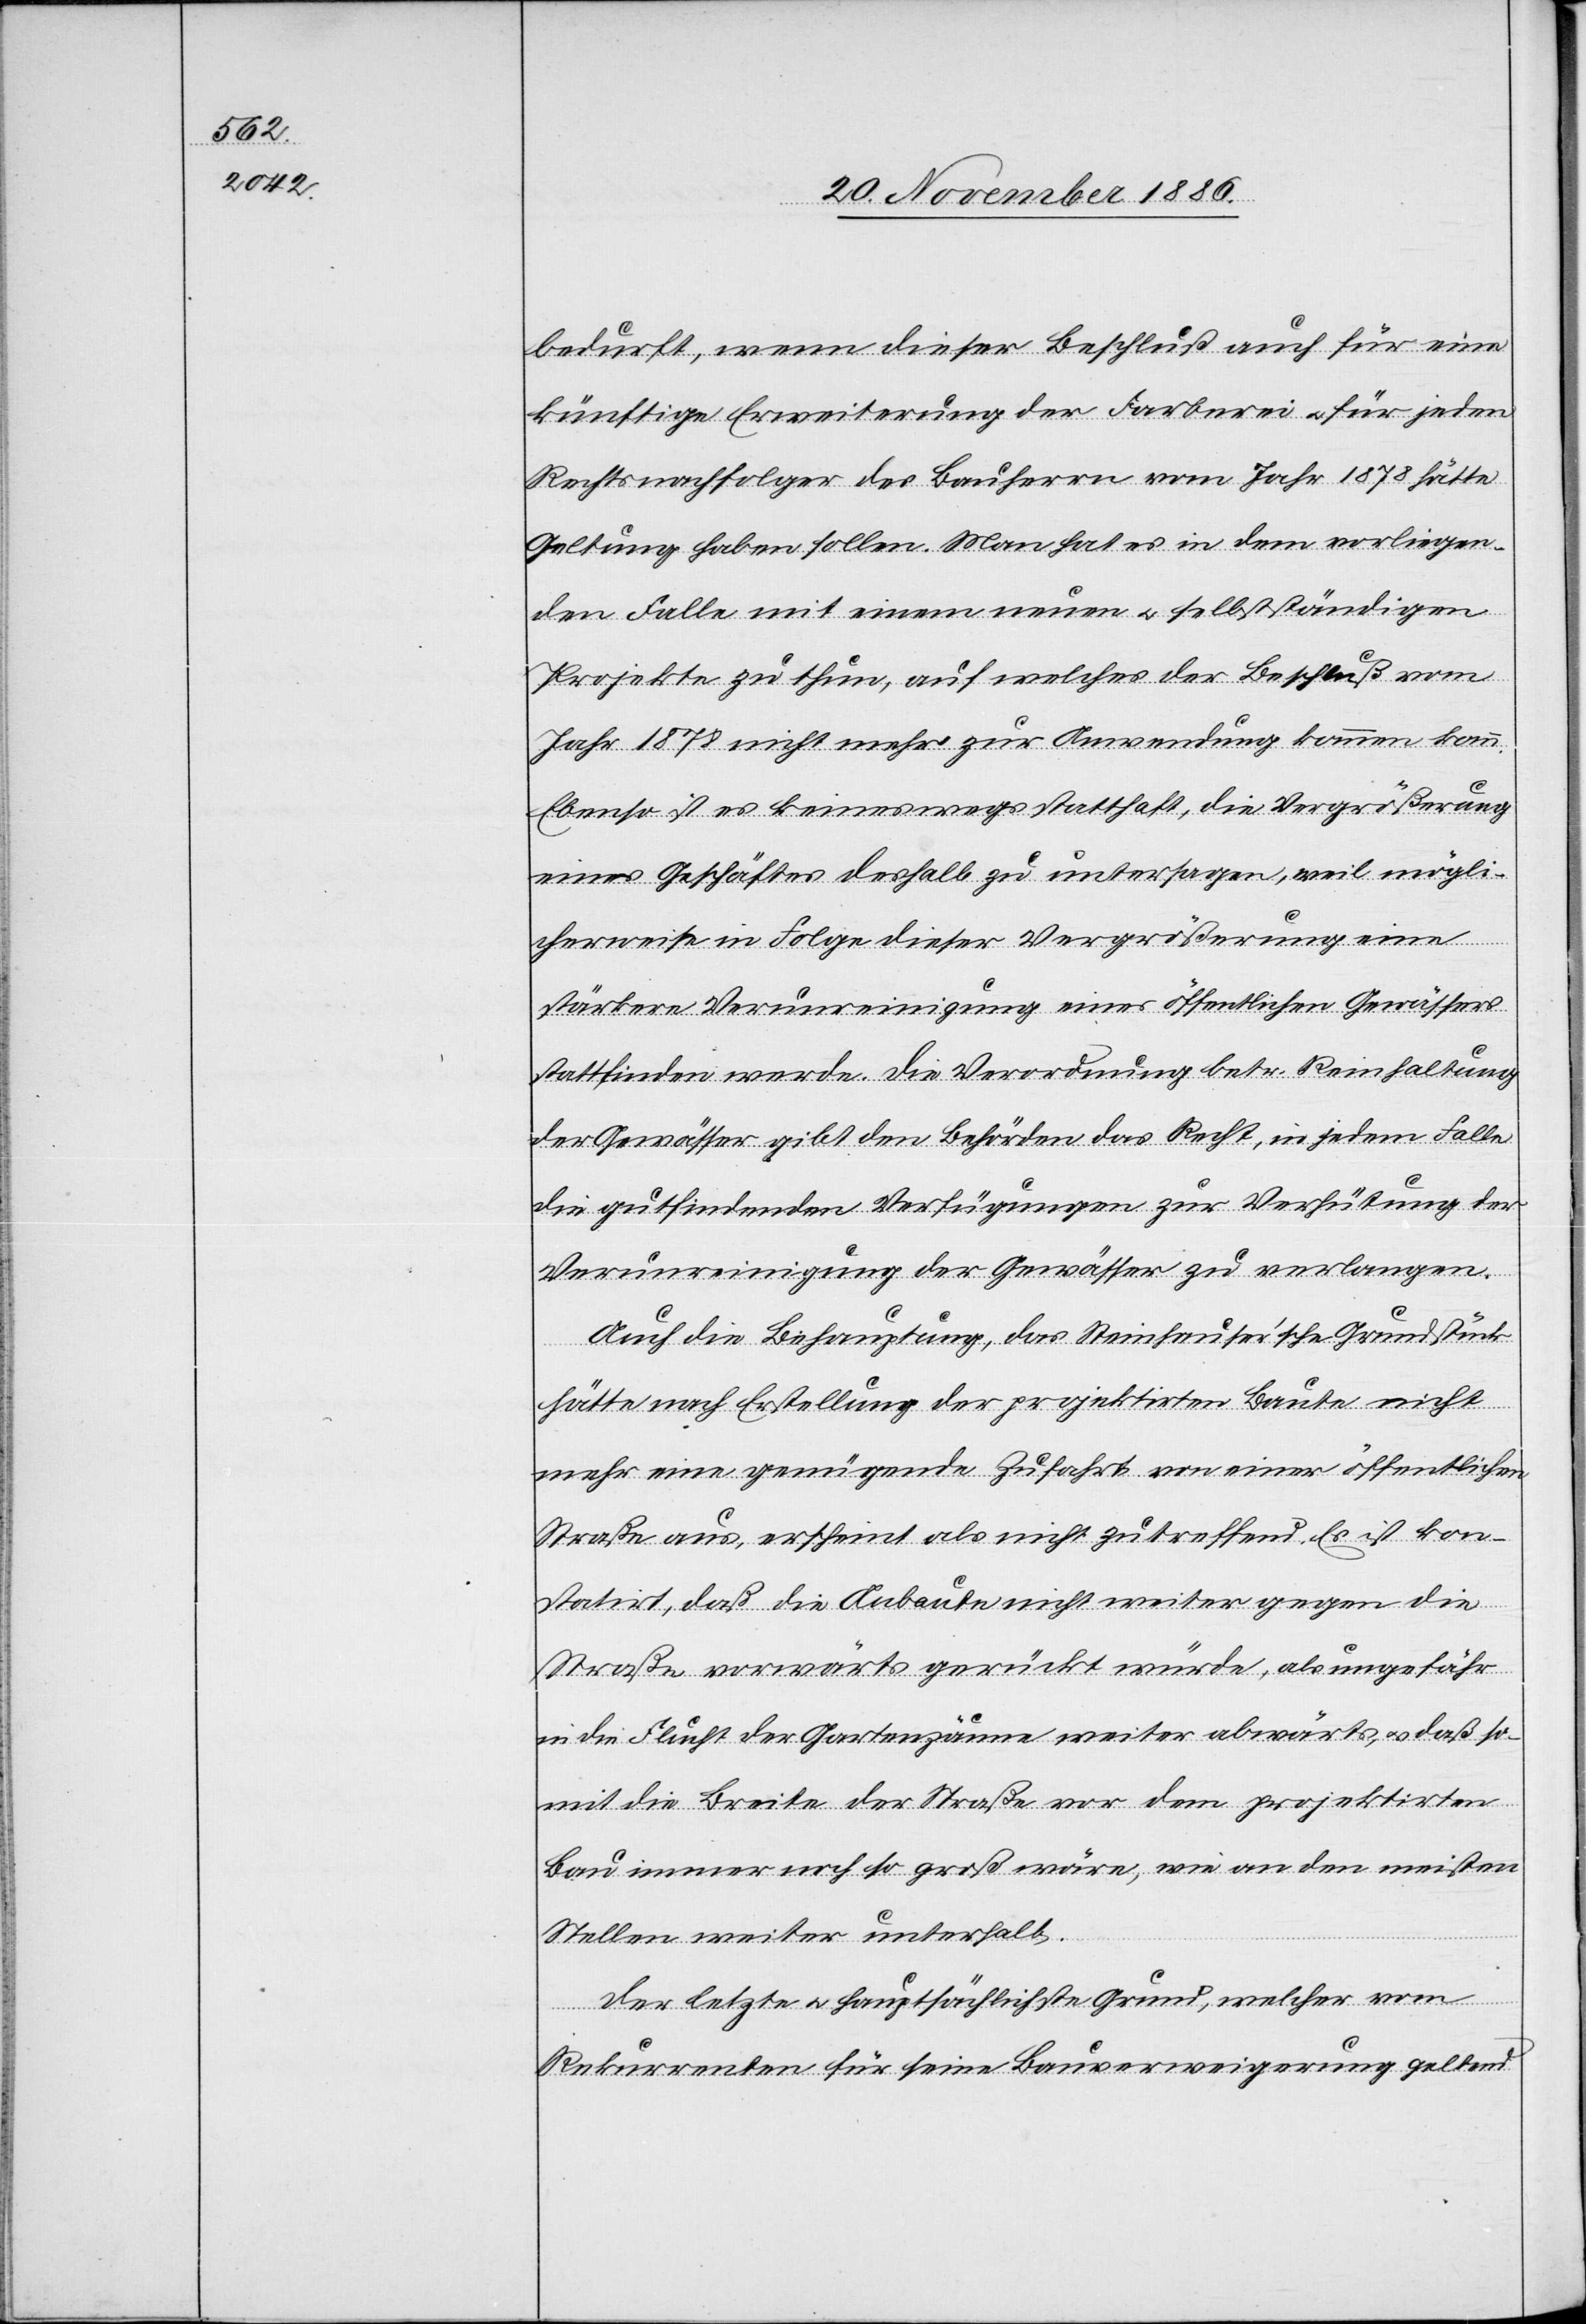
bedurft, wenn dieser Beschluß auch für eine
künftige Erweiterung der Farberei [sic!] & für jeden
Rechtsnachfolger des Bauherrn vom Jahr 1878 hätte
Geltung haben sollen. Man hat es in dem vorliegen¬
den Falle mit einem neuen & selbstständigen
Projekte zu thun, auf welches der Beschluß vom
Jahr 1878 nicht mehr zur Anwendung kommen kann.
Ebenso ist es keineswegs statthaft, die Vergrößerung
eines Geschäftes deshalb zu untersagen, weil mögli¬
cherweise in Folge dieser Vergrößerung eine
stärkere Verunreinigung eines öffentlichen Gewässers
stattfinden werde. Die Verordnung betr. Reinhaltung
der Gewässer gibt den Behörden das Recht, in jedem Falle
die gutfindenden Verfügungen zur Verhütung der
Verunreinigung der Gewässer zu verlangen.
Auch die Behauptung, das Steinhauser’sche Grundstück
hätte nach Erstellung der projektirten Baute nicht
mehr eine genügende Zufahrt von einer öffentlichen
Straße aus, erscheint als nicht zutreffend. Es ist kon¬
statirt, daß die Anbaute nicht weiter gegen die
Straße vorwärts gerückt würde, als ungefähr
in die Flucht der Gartenzäune weiter abwärts, & daß so¬
mit die Breite der Straße vor dem projektirten
Bau immer noch so groß wäre, wie an den meisten
Stellen weiter unterhalb.
Der letzte & hauptsächlichste Grund, welcher vom
Rekurrenten für seine Bauverweigerung geltend